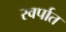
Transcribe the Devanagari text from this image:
स्वर्पात